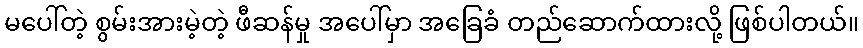
မပေါ်တဲ့ စွမ်းအားမဲ့တဲ့ ဖီဆန်မှု အပေါ်မှာ အခြေခံ တည်ဆောက်ထားလို့ ဖြစ်ပါတယ်။